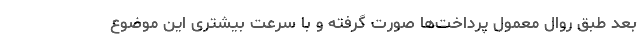
بعد طبق روال معمول پرداخت‌ها صورت گرفته و با سرعت بیشتری این موضوع